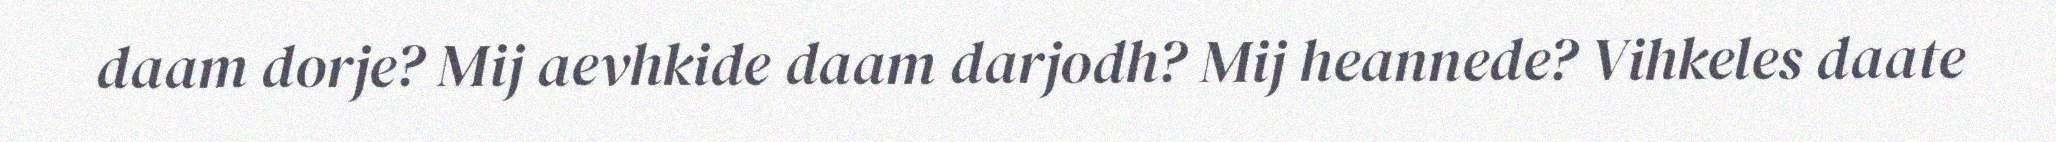
daam dorje? Mij aevhkide daam darjodh? Mij heannede? Vihkeles daate